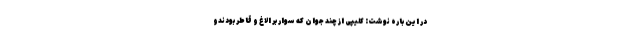
در این باره نوشت: کلیپی از چند جوان که سوار بر الاغ و قاطر بودندو